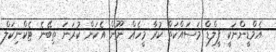
އެމްޑީންނަކީ ފީލްޑް މަސައްކަތް ކުރާ މީހެއް ނޫން އެކަން ކުރަނަ ތިބޭނެ ޓެކްނިކަލް